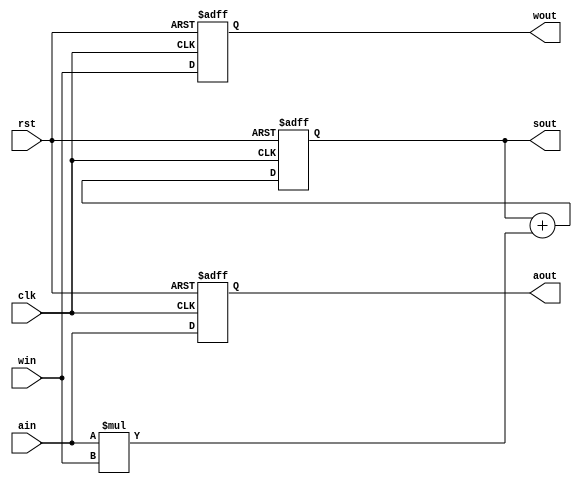
`timescale 1ns / 1ps
//////////////////////////////////////////////////////////////////////////////////
// Company: 
// Engineer: 
// 
// Design Name: 
// Module Name: mac_unit
// Project Name: 
// Target Devices: 
// Tool Versions: 
// Description: 
// 
// Dependencies: 
// 
// Revision:
// Revision 0.01 - File Created
// Additional Comments:
// 
//////////////////////////////////////////////////////////////////////////////////


module mac_unit(
    clk, rst,
    ain, win,
    aout, wout, sout
    );
 
    parameter WORD_SIZE = 8;
    input clk, rst;
    input [WORD_SIZE-1:0] ain;
    input [WORD_SIZE-1:0] win;
    output reg [WORD_SIZE-1:0] aout, wout;
    output reg [2*WORD_SIZE:0] sout;
    
    wire [15:0] product;
    assign product = ain * win;

    always @(posedge clk or posedge rst)begin
        if(rst) begin
        aout <= 0;
        wout <= 0;
        sout <= 0;
        end else begin  
        aout <= ain;
        wout <= win;
        
        sout <= sout + {1'b0, product};
    end
 end
 
endmodule